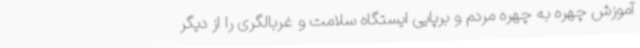
آموزش چهره به چهره مردم و برپایی ایستگاه سلامت و غربالگری را از دیگر